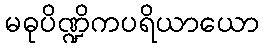
မဓုပိဏ္ဍိကပရိယာယော